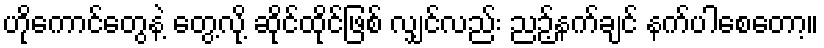
ဟိုကောင်တွေနဲ့ တွေ့လို့ ဆိုင်ထိုင်ဖြစ် လျှင်လည်း ညဉ့်နက်ချင် နက်ပါစေတော့။